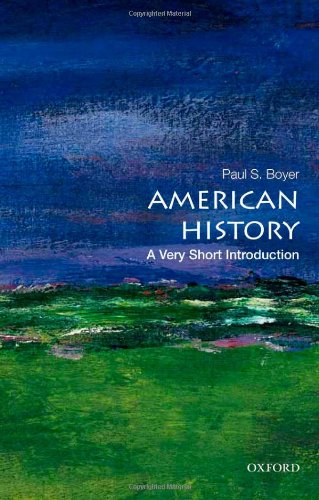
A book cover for American History: A Very Short Introduction (Very Short Introductions); Paul S. Boyer; History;